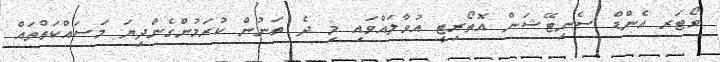
ވޯޓަރ އެންޑް ސެނިޓޭޝަން އޮތޯރިޓީ އުވާލައްވައި މި ދެ ތަނުން ކުރަމުންގެންދިޔަ މަސައްކަތްތައް